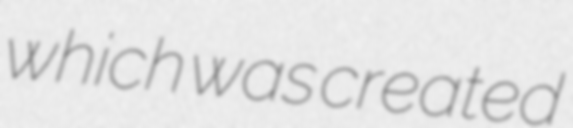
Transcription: which was created